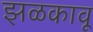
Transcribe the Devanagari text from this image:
झळकावू